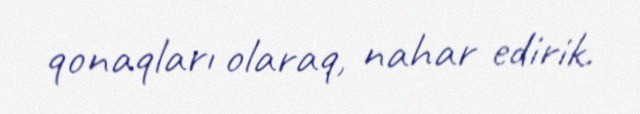
qonaqları olaraq, nahar edirik.